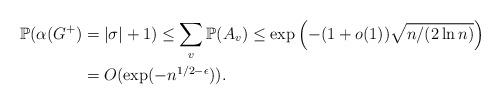
LaTeX: \begin{align*} \mathbb{P}(\alpha(G^+) &= |\sigma| + 1) \le \sum_v \mathbb{P}(A_v) \leq \exp \left( - (1 + o(1)) \sqrt{n / (2\ln n)} \right)\\ &= O(\exp(-n^{1/2 - \epsilon})).\end{align*}